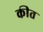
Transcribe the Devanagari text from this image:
कीत